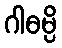
ဂါဓမ္ပိ